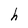
Character: h